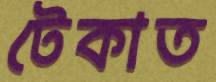
টেকাত